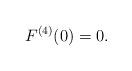
LaTeX: \begin{align*}F^{(4)}(0)=0.\end{align*}